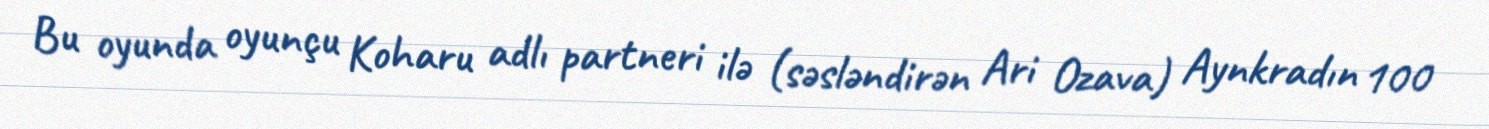
Bu oyunda oyunçu Koharu adlı partneri ilə (səsləndirən Ari Ozava) Aynkradın 100